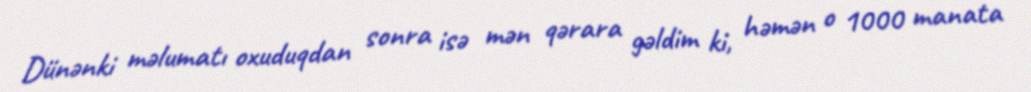
Dünənki məlumatı oxuduqdan sonra isə mən qərara gəldim ki, həmən o 1000 manata